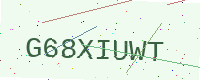
Text: G68XIUWT